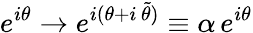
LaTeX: e^{i\theta}\xrightarrow{}e^{i(\theta+i\, \tilde{\theta})}\equiv\alpha\, e^{i\theta}